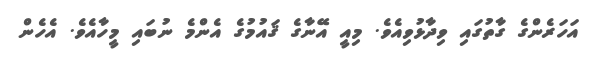
އަހަރެންގެ ގާތުގައި ވިދާޅުވިއެވެ. މިއީ އޭނާގެ ޤައުމުގެ އެންމެ ނުބައި މީހާއެވެ. އެހެން